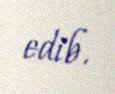
edib.